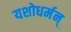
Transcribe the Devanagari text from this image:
यशोधर्मन्‌